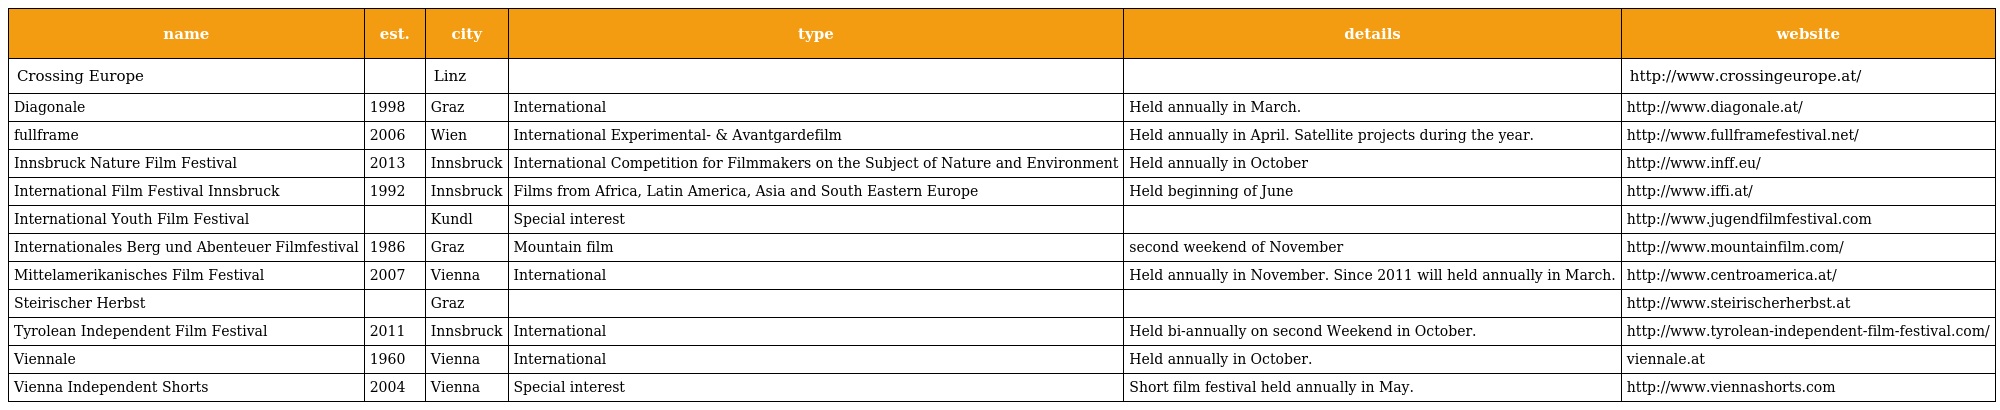
| name | est. | city | type | details | website |
 | --- | --- | --- | --- | --- | --- |
 | Crossing Europe |  | Linz |  |  | http://www.crossingeurope.at/ |
 | Diagonale | 1998 | Graz | International | Held annually in March. | http://www.diagonale.at/ |
 | fullframe | 2006 | Wien | International Experimental- & Avantgardefilm | Held annually in April. Satellite projects during the year. | http://www.fullframefestival.net/ |
 | Innsbruck Nature Film Festival | 2013 | Innsbruck | International Competition for Filmmakers on the Subject of Nature and Environment | Held annually in October | http://www.inff.eu/ |
 | International Film Festival Innsbruck | 1992 | Innsbruck | Films from Africa, Latin America, Asia and South Eastern Europe | Held beginning of June | http://www.iffi.at/ |
 | International Youth Film Festival |  | Kundl | Special interest |  | http://www.jugendfilmfestival.com |
 | Internationales Berg und Abenteuer Filmfestival | 1986 | Graz | Mountain film | second weekend of November | http://www.mountainfilm.com/ |
 | Mittelamerikanisches Film Festival | 2007 | Vienna | International | Held annually in November. Since 2011 will held annually in March. | http://www.centroamerica.at/ |
 | Steirischer Herbst |  | Graz |  |  | http://www.steirischerherbst.at |
 | Tyrolean Independent Film Festival | 2011 | Innsbruck | International | Held bi-annually on second Weekend in October. | http://www.tyrolean-independent-film-festival.com/ |
 | Viennale | 1960 | Vienna | International | Held annually in October. | viennale.at |
 | Vienna Independent Shorts | 2004 | Vienna | Special interest | Short film festival held annually in May. | http://www.viennashorts.com |